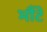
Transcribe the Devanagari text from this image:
भौंटे